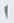
Text: 1